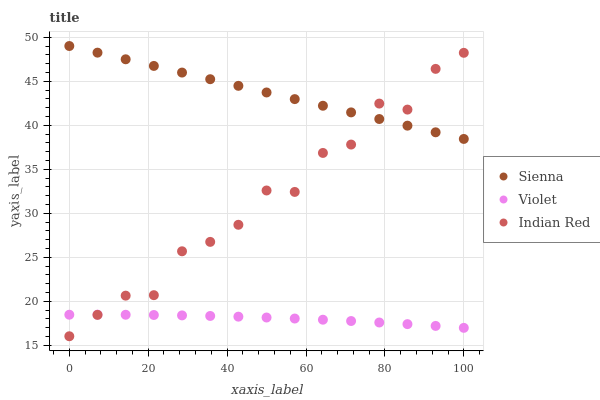
| xaxis_label | Sienna | Violet | Indian Red |
 | --- | --- | --- | --- |
 | 0 | 49 | 18.5 | 16 |
 | 7.14 | 48.2 | 18.5 | 18.5 |
 | 14.3 | 47.5 | 18.5 | 20.6 |
 | 21.4 | 46.7 | 18.4 | 20.7 |
 | 28.6 | 46 | 18.4 | 25.7 |
 | 35.7 | 45.2 | 18.3 | 26.7 |
 | 42.9 | 44.5 | 18.3 | 28.7 |
 | 50 | 43.7 | 18.2 | 32.6 |
 | 57.1 | 43 | 18 | 32.4 |
 | 64.3 | 42.2 | 17.9 | 36.9 |
 | 71.4 | 41.5 | 17.8 | 37.8 |
 | 78.6 | 40.7 | 17.6 | 42.5 |
 | 85.7 | 40 | 17.4 | 41.8 |
 | 92.9 | 39.2 | 17.2 | 46.4 |
 | 100 | 38.4 | 17 | 48.2 |